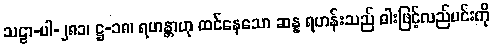
သဠာ-ပါ-၂၈၁၊ ဋ္ဌ-၁၈၊ ရဟန္တာဟု ထင်နေသော ဆန္န ရဟန်းသည် ဓါးဖြင့်လည်ပင်းကို